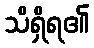
သိရှိရ၏